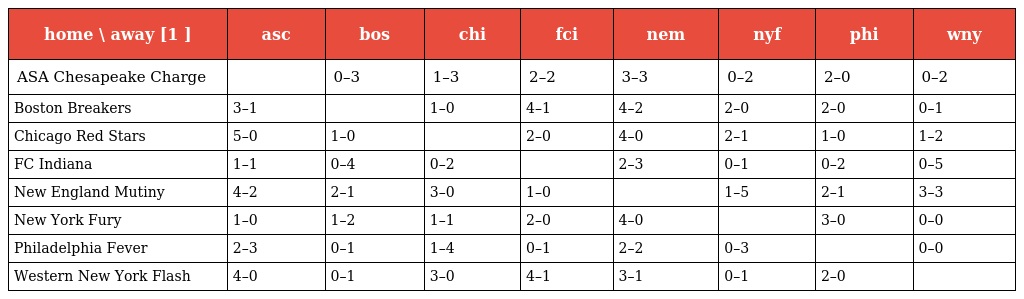
| home \ away [1 ] | asc | bos | chi | fci | nem | nyf | phi | wny |
 | --- | --- | --- | --- | --- | --- | --- | --- | --- |
 | ASA Chesapeake Charge |  | 0–3 | 1–3 | 2–2 | 3–3 | 0–2 | 2–0 | 0–2 |
 | Boston Breakers | 3–1 |  | 1–0 | 4–1 | 4–2 | 2–0 | 2–0 | 0–1 |
 | Chicago Red Stars | 5–0 | 1–0 |  | 2–0 | 4–0 | 2–1 | 1–0 | 1–2 |
 | FC Indiana | 1–1 | 0–4 | 0–2 |  | 2–3 | 0–1 | 0–2 | 0–5 |
 | New England Mutiny | 4–2 | 2–1 | 3–0 | 1–0 |  | 1–5 | 2–1 | 3–3 |
 | New York Fury | 1–0 | 1–2 | 1–1 | 2–0 | 4–0 |  | 3–0 | 0–0 |
 | Philadelphia Fever | 2–3 | 0–1 | 1–4 | 0–1 | 2–2 | 0–3 |  | 0–0 |
 | Western New York Flash | 4–0 | 0–1 | 3–0 | 4–1 | 3–1 | 0–1 | 2–0 |  |